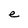
Character: e